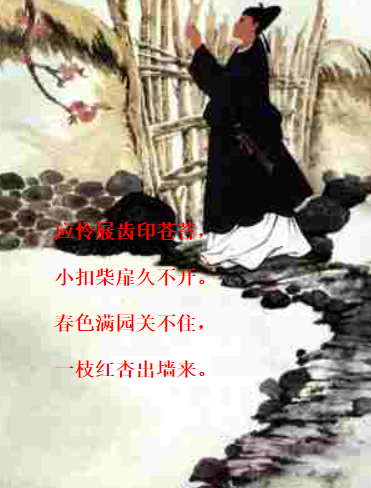
应怜屐齿印苍苔，小扣柴扉久不开。